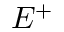
E ^ { + }